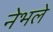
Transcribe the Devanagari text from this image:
नेभले